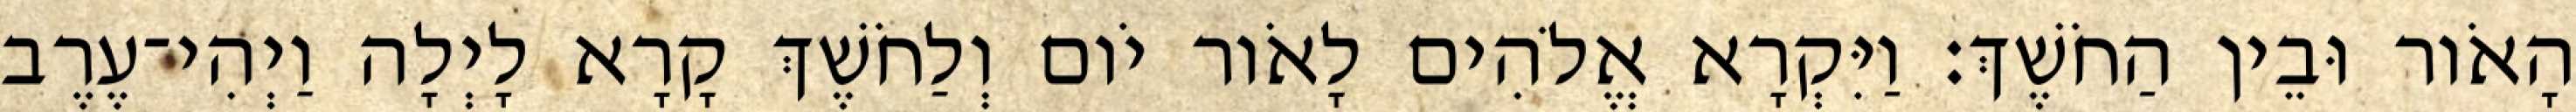
הָאֹור וּבֵין הַחֹשֶׁךְ׃ וַיִּקְרָא אֱלֹהִים לָאֹור יֹום וְלַחֹשֶׁךְ קָרָא לָיְלָה וַיְהִי־עֶרֶב